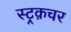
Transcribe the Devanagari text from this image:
स्ट्रक़चर